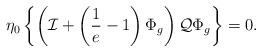
LaTeX: \begin{align*}\eta_0 \left\{ \left( {\cal I} + \left( \frac{1}{e} - 1 \right) \Phi_{g} \right) {\cal Q} \Phi_{g} \right\} =0.\end{align*}